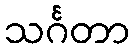
သင်္ဂတာ